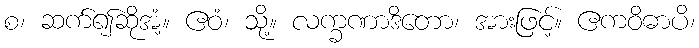
စ၊ ဆက်၍ဆိုအံ့။ ဧဝံ၊ သို့။ လက္ခဏာဒိတော၊ အားဖြင့်။ ဧကဝိဓာပိ၊